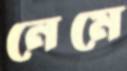
নেমে